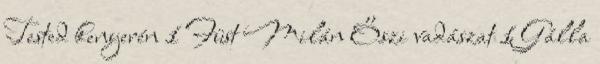
Tested kenyerén 1 Füst Milán Őszi vadászat 1 Gálla